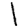
Digit: 1